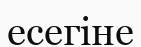
есегіне